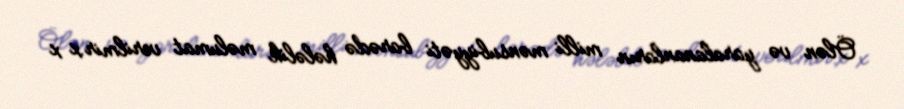
Ölən və yaralananların milli mənsubiyyəti barədə hələlik məlumat verilmir.x x